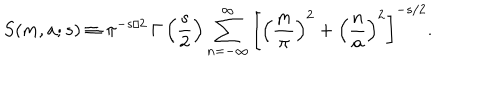
S ( m , a ; s ) \equiv \pi ^ { - s / 2 } \, \Gamma \left( \frac { s } { 2 } \right) \sum _ { n = - \infty } ^ { \infty } \left[ \left( \frac { m } { \pi } \right) ^ { 2 } + \left( \frac { n } { a } \right) ^ { 2 } \right] ^ { - s / 2 } .